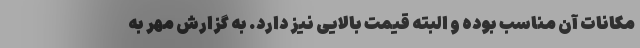
مکانات آن مناسب بوده و البته قیمت بالایی نیز دارد. به گزارش مهر به